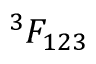
^ 3 F _ { 1 2 3 }